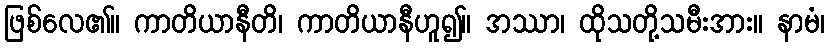
ဖြစ်လေ၏။ ကာတိယာနီတိ၊ ကာတိယာနီဟူ၍။ အဿာ၊ ထိုသတို့သမီးအား။ နာမံ၊